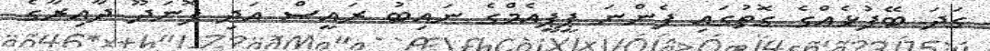
ގަދަ ބޭފުޅެއްގެ ގޮތުގައި ފެންނަ ޕީޕީއެމްގެ ނައިބު ރައީސް އަދި ފޮނަދޫ ދާއިރާގެ